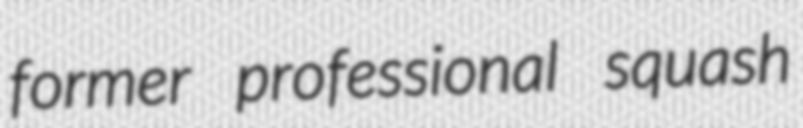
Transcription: former professional squash